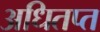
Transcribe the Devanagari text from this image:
अधितप्त